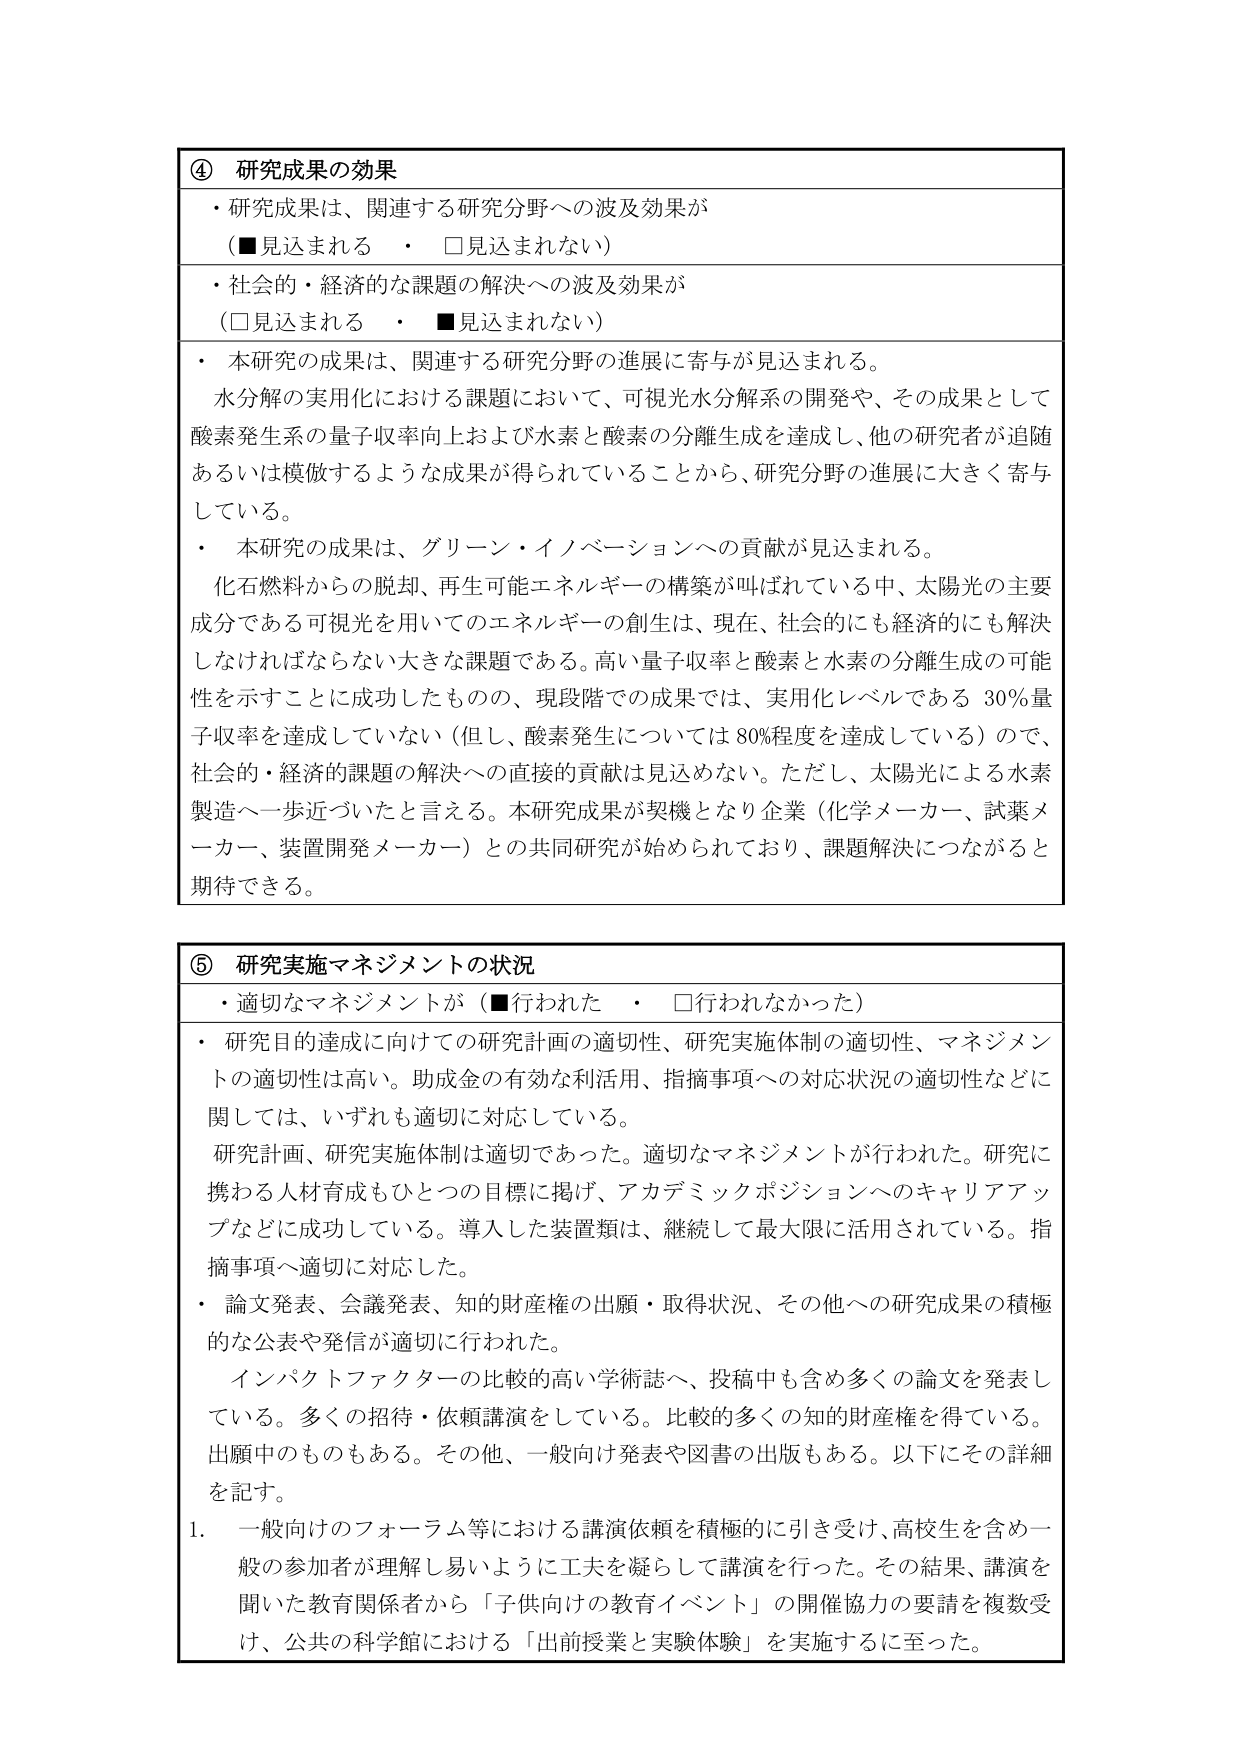
④ 研究成果の効果
・研究成果は、関連する研究分野への波及効果が
（■見込まれる　・　□見込まれない）
・社会的・経済的な課題の解決への波及効果が
（□見込まれる　・　■見込まれない）
・本研究の成果は、関連する研究分野の進展に寄与が見込まれる。
水分解の実用化における課題において、可視光水分解系の開発や、その成果として酸素発生系の量子収率向上および水素と酸素の分離生成を達成し、他の研究者が追随あるいは模倣するような成果が得られていることから、研究分野の進展に大きく寄与している。
・本研究の成果は、グリーン・イノベーションへの貢献が見込まれる。
化石燃料からの脱却、再生可能エネルギーの構築が叫ばれている中、太陽光の主要成分である可視光を用いてのエネルギーの創生は、現在、社会的にも経済的にも解決しなければならない大きな課題である。高い量子収率と酸素と水素の分離生成の可能性を示すことに成功したものの、現段階での成果では、実用化レベルである30％量子収率を達成していない（但し、酸素発生については80％程度を達成している）ので、社会的・経済的課題の解決への直接的貢献は見込めない。ただし、太陽光による水素製造へ一歩近づいたと言える。本研究成果が契機となり企業（化学メーカー、試薬メーカー、装置開発メーカー）との共同研究が始められており、課題解決につながると期待できる。

⑤ 研究実施マネジメントの状況
・適切なマネジメントが（■行われた　・　□行われなかった）
・研究目的達成に向けての研究計画の適切性、研究実施体制の適切性、マネジメントの適切性は高い。助成金の有効な利活用、指摘事項への対応状況の適切性などに関しては、いずれも適切に対応している。
研究計画、研究実施体制は適切であった。適切なマネジメントが行われた。研究に携わる人材育成もひとつの目標に掲げ、アカデミックポジションへのキャリアアップなどに成功している。導入した装置類は、継続して最大限に活用されている。指摘事項へ適切に対応した。
・論文発表、会議発表、知的財産権の出願・取得状況、その他への研究成果の積極的な公表や発信が適切に行われた。
インパクトファクターの比較的高い学術誌へ、投稿中も含め多くの論文を発表している。多くの招待・依頼講演をしている。比較的多くの知的財産権を得ている。出願中のものもある。その他、一般向け発表や図書の出版もある。以下にその詳細を記す。
1. 一般向けのフォーラム等における講演依頼を積極的に引き受け、高校生を含め一般の参加者が理解し易いように工夫を凝らして講演を行った。その結果、講演を聞いた教育関係者から「子供向けの教育イベント」の開催協力の要請を複数受け、公共の科学館における「出前授業と実験体験」を実施するに至った。